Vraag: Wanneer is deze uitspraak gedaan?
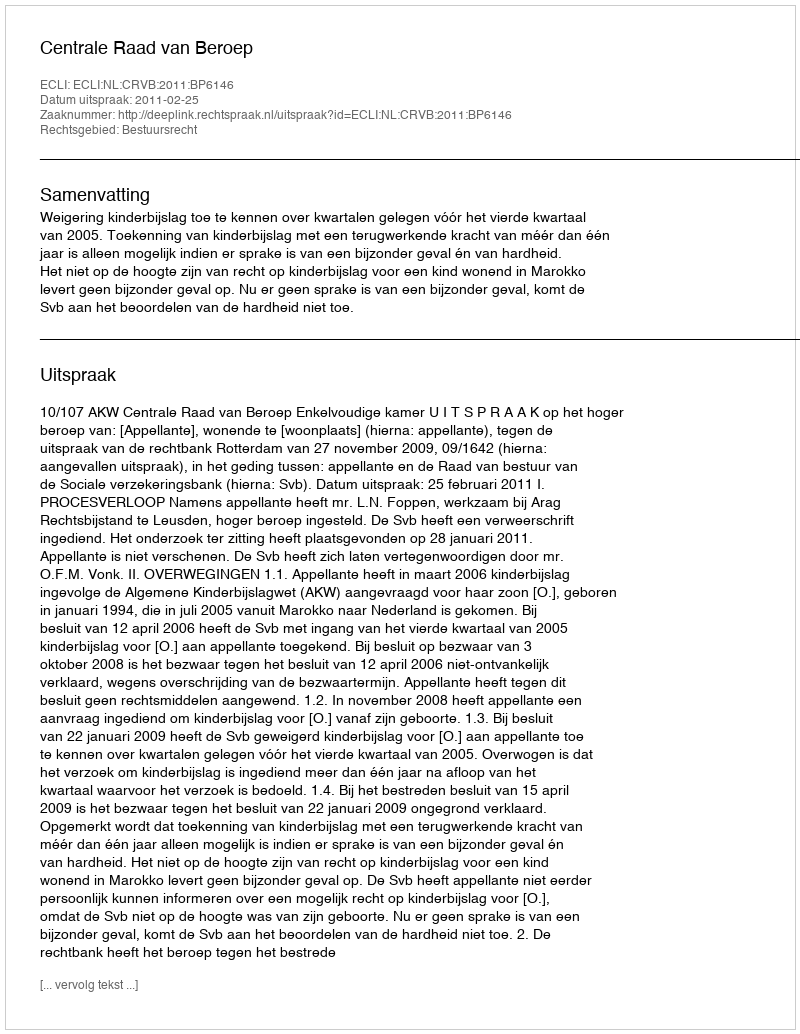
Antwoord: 2011-02-25